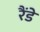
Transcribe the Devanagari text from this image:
रैंडे